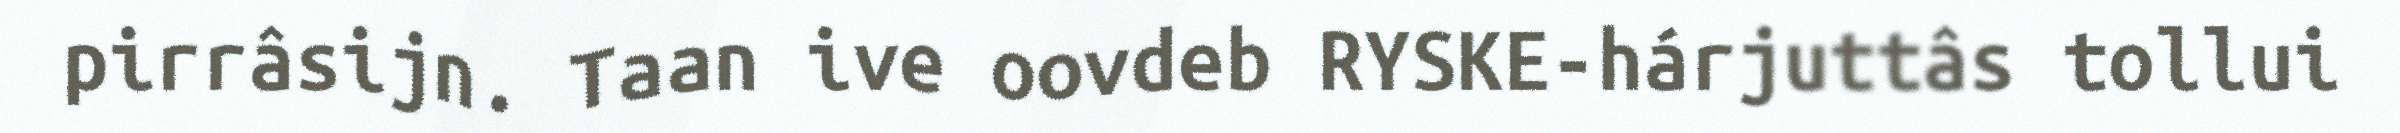
pirrâsijn. Taan ive oovdeb RYSKE-hárjuttâs tollui